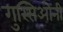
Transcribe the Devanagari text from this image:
गुस्सिओनी